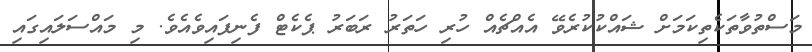
މަސްތުވާތަކެތިކަމަށް ޝައްކުކުރެވޭ އެއްޗެއް ހުރި ހަތަރު ރަބަރު ޕެކެޓް ފެނިފައިވެއެވެ. މި މައްސަލައިގައި